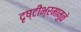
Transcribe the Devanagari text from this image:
दृष्टीभ्रमामुळे